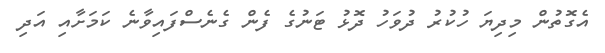
އެގޮތުން މިދިޔަ ހުކުރު ދުވަހު ދޮޅު ޓަނުގެ ފެން ގެނެސްފައިވާނެ ކަމަށާއި އަދި